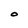
Character: O